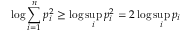
\log \sum _ { i = 1 } ^ { n } { p _ { i } ^ { 2 } } \geq \log \operatorname* { s u p } _ { i } p _ { i } ^ { 2 } = 2 \log \operatorname* { s u p } _ { i } p _ { i }